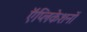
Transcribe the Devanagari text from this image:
ऍप्लिकेशनों